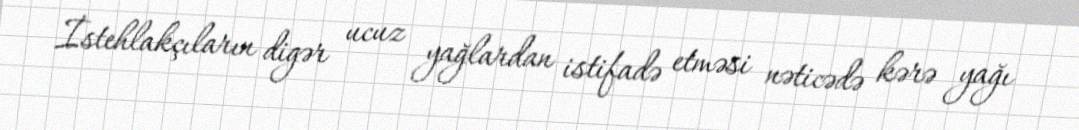
İstehlakçıların digər ucuz yağlardan istifadə etməsi nəticədə kərə yağı